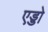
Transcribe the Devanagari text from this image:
एड्डो